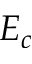
E _ { c }